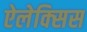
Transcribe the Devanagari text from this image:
ऐलेक्‍सिस